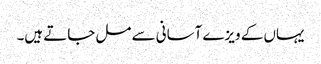
یہاں کے ویزے آسانی سے مل جاتے ہیں۔